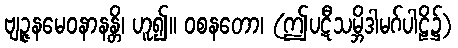
ဗျဉ္ဇနမေဝနာနန္တိ၊ ဟူ၍။ ဝစနတော၊ (ဤပဋီသမ္ဘိဒါမဂ်ပါဠိ၌)